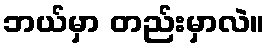
ဘယ်မှာ တည်းမှာလဲ။